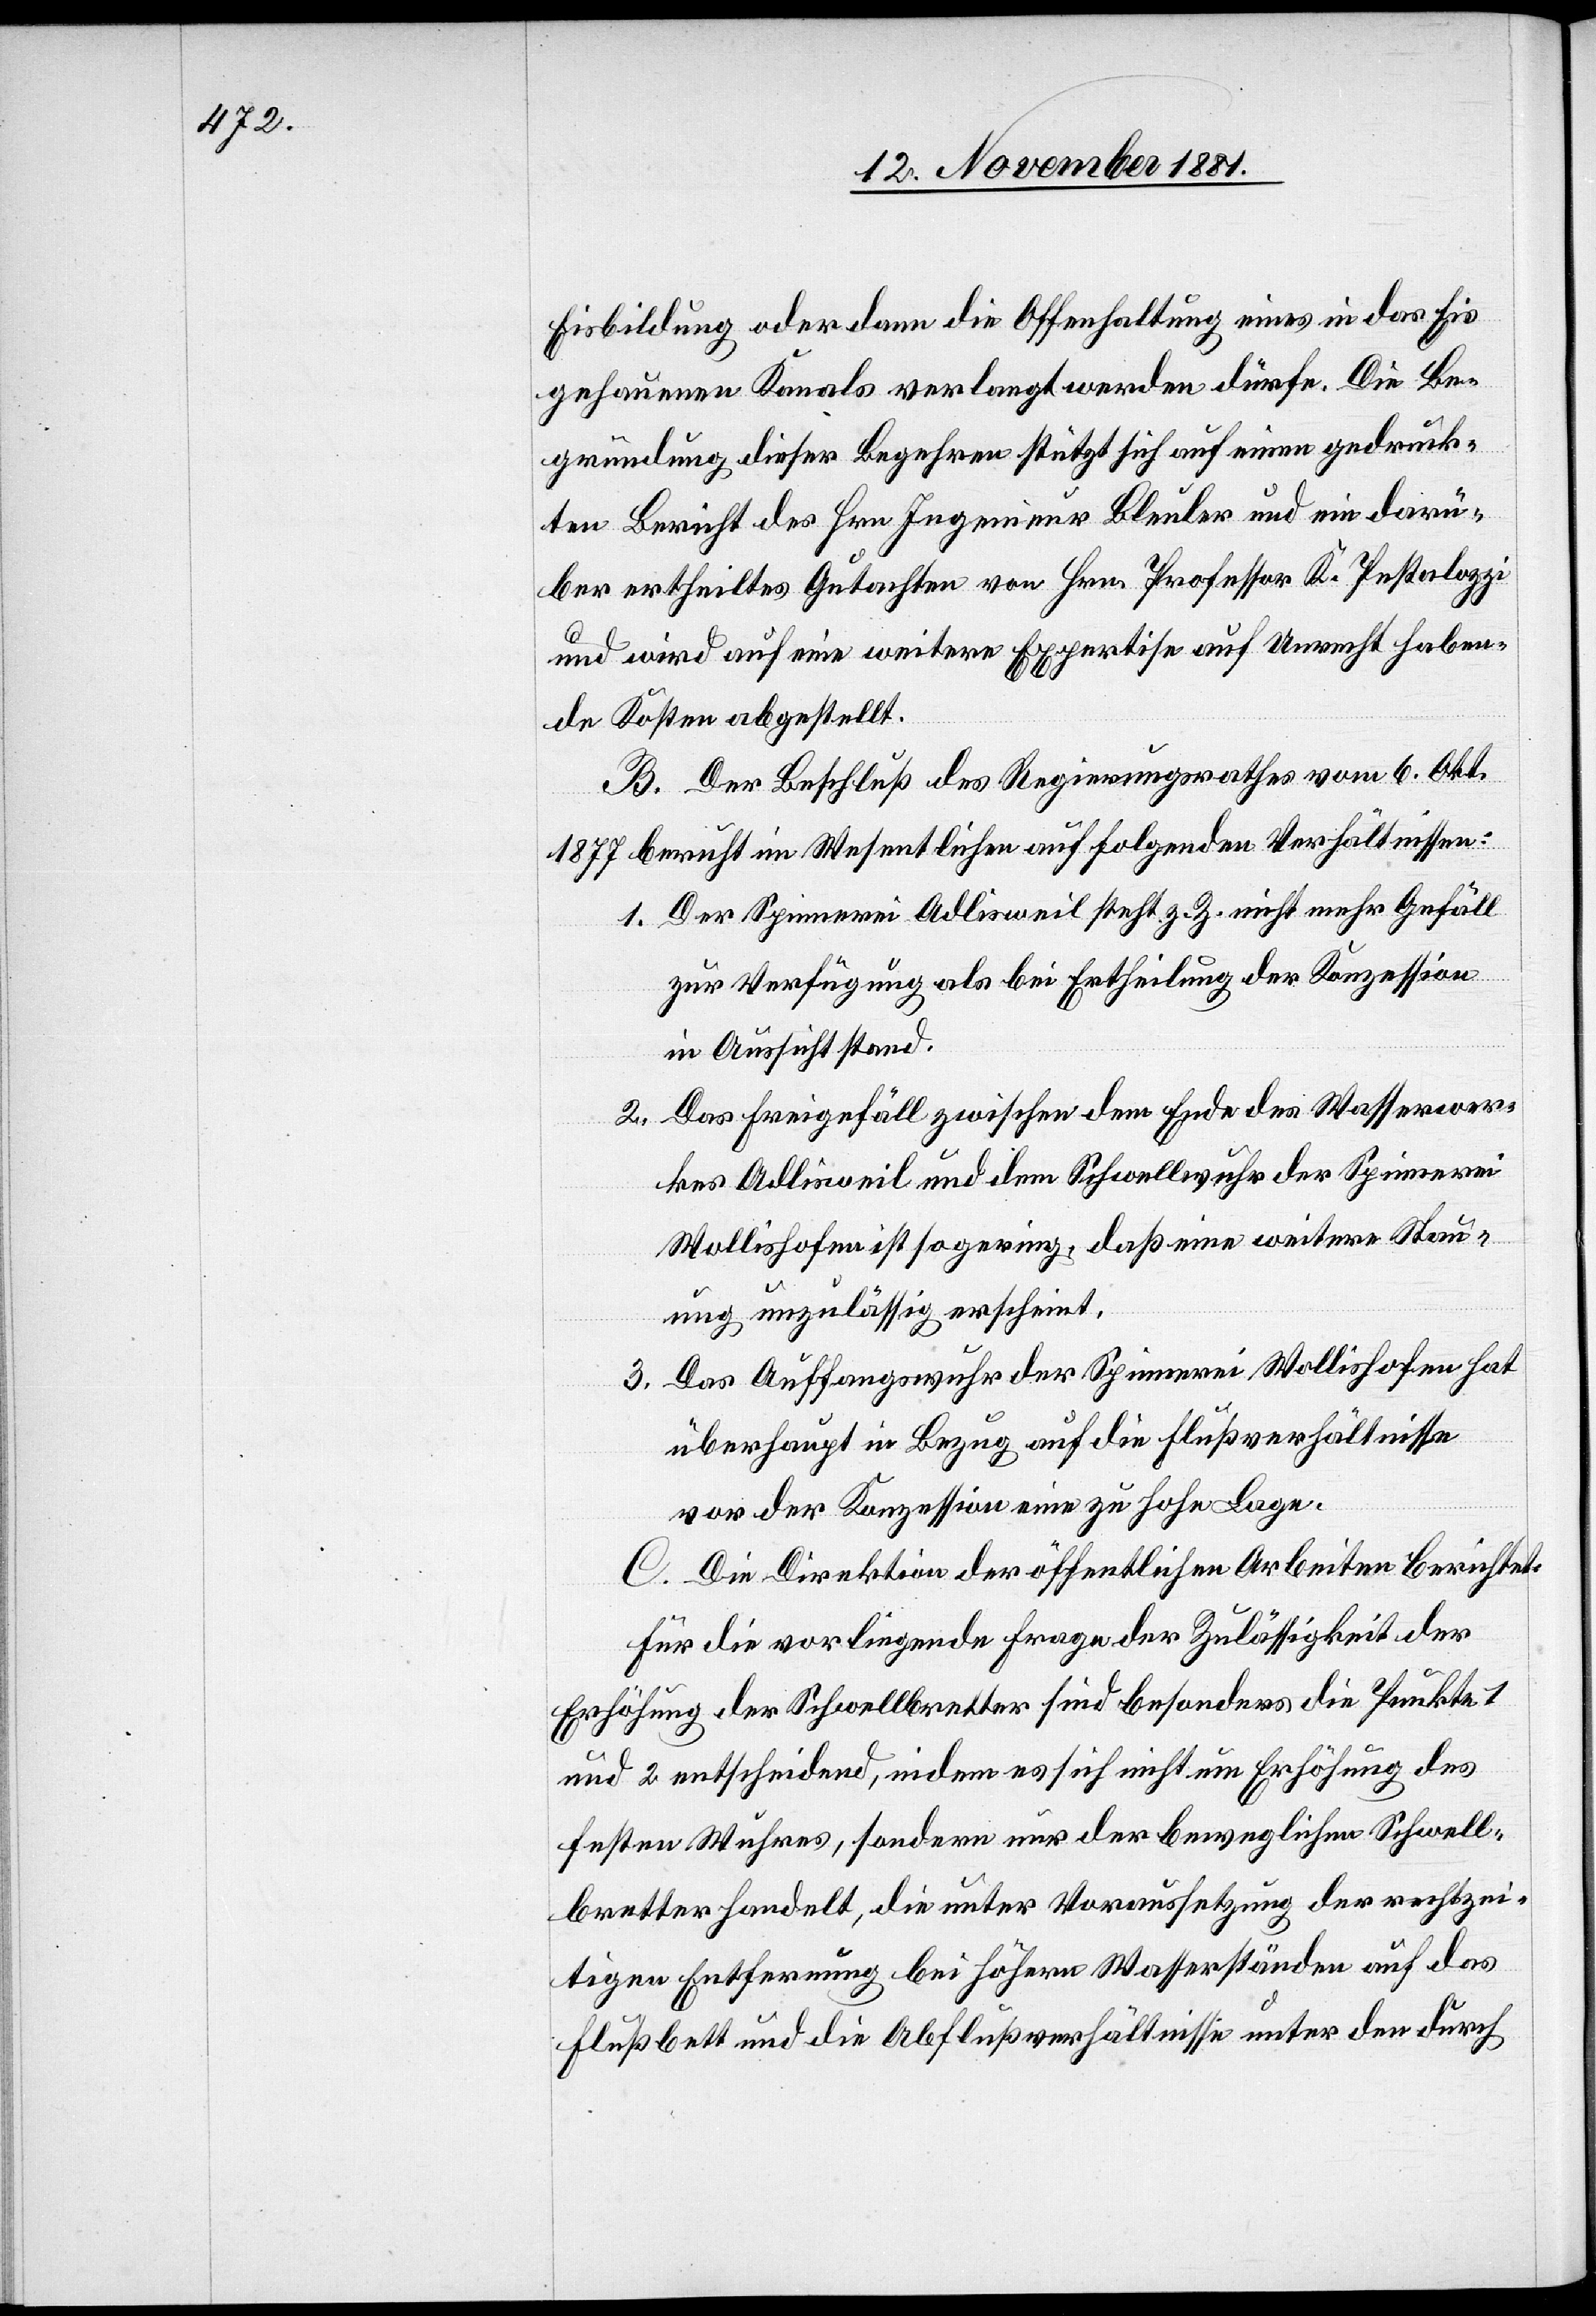
Eisbildung, oder dann die Offenhaltung eines in das Eis
gehauenen Kanals verlangt werden dürfe. Die Be¬
gründung dieser Begehren stützt sich auf einen gedruck¬
ten Bericht des Hrn. Ingenieur Bleuler und ein darü¬
ber ertheiltes Gutachten von Hrn. Professor K. Pestalozzi
und wird auf eine weitere Expertise auf Unrecht haben¬
de Kosten abgestellt.
B. Der Beschluß des Regierungsrathes vom 6. Okt.
1877 beruht im Wesentlichen auf folgenden Verhältnissen:
1. Der Spinnerei Adlisweil steht z. Z. nicht mehr Gefälle
zur Verfügung als bei Ertheilung der Konzession
in Aussicht stand.
2. Das Freigefäll zwischen dem Ende des Wasserwer¬
kes Adlisweil und dem Schwellwuhr der Spinnerei
Wollishofen ist so gering, daß eine weitere Stau¬
ung unzulässig erscheint.
3. Das Auffangswuhr der Spinnerei Wollishofen hat
überhaupt in Bezug auf die Flußverhältnisse
vor der Konzession eine zu hohe Lage.
C. Die Direktion der öffentlichen Arbeiten berichtet:
Für die vorliegende Frage der Zulässigkeit der
Erhöhung der Schwellbretter sind besonders die Punkte 1
und 2 entscheidend, indem es sich nicht um Erhöhung des
festen Wuhres, sondern nur der beweglichen Schwell¬
bretter handelt, die unter Voraussetzung der rechtzei¬
tigen Entfernung bei höhern Wasserständen auf das
Flußbett und die Abflußverhältnisse unter den durch